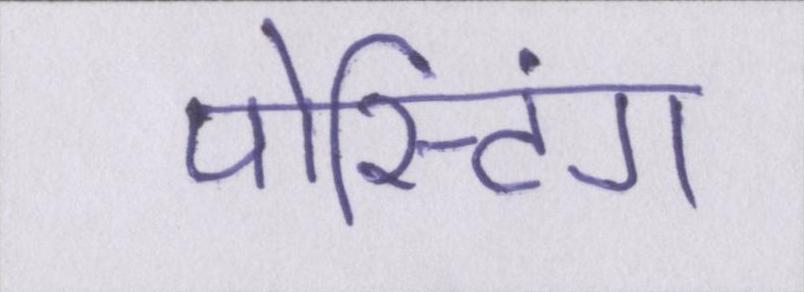
पोस्टिंग